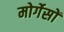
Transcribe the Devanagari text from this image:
मोर्गेसों